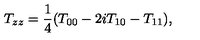
T _ { z z } = \frac { 1 } { 4 } ( T _ { 0 0 } - 2 i T _ { 1 0 } - T _ { 1 1 } ) ,